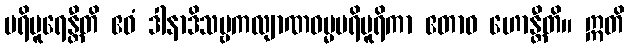
ပရိပူရေန္တီတိ ဧဝံ ဒါနာဒိသဗ္ဗကလျာဏဓမ္မပရိပူရိကာ ဧတာဝ ဟောန္တီတိ။ ဣတိ